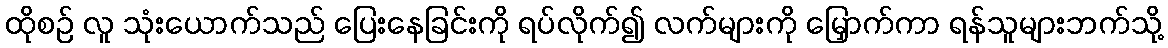
ထိုစဉ် လူ သုံးယောက်သည် ပြေးနေခြင်းကို ရပ်လိုက်၍ လက်များကို မြှောက်ကာ ရန်သူများဘက်သို့